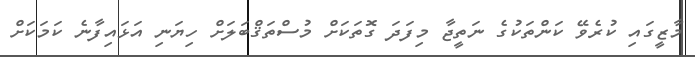
މާޒީގައި ކުރެވޭ ކަންތަކުގެ ނަތީޖާ މިފަދަ ގޮތަކަށް މުސްތަޤްބަލަށް ހިޔަނި އަޅައިފާނެ ކަމަކަށް